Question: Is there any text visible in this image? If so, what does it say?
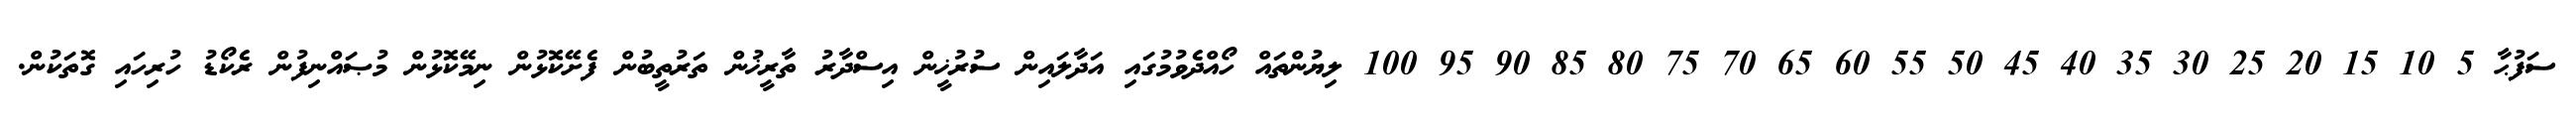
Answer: ސަފުޙާ 5 10 15 20 25 30 35 40 45 50 55 60 65 70 75 80 85 90 95 100 ލިޔުންތައް ހޯއްދެވުމުގައި އަދާލައިން ސުރުޚީން އިސްދާރު ތާރީޚުން ތަރުތީބުން ފެށޭކޮޅުން ނިމޭކޮޅުން މުޞައްނިފުން ރެކޯޑު ހުރިހައި ގޮތަކުން.